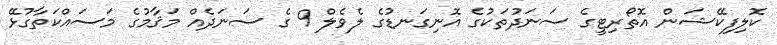
ކޮލިފިކޭޝަން އޮތޯރިޓީގެ ސަނަދުތަކުގެ އޮނިގަނޑުގެ ލެވެލް 9 ގެ ސަނަދެއް މަޤާމުގެ މަސައްކަތާގުޅޭ